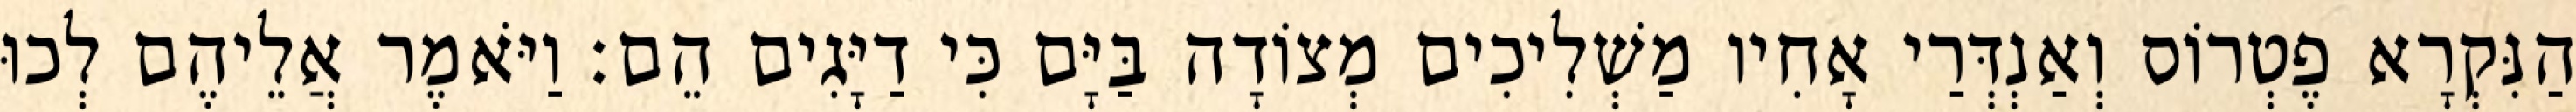
הַנִּקְרָא פֶטְרוֹס וְאַנְדְּרַי אָחִיו מַשְׁלִיכִים מְצוֹדָה בַּיָּם כִּי דַיָּגִים הֵם׃ וַיֹּאמֶר אֲלֵיהֶם לְכוּ